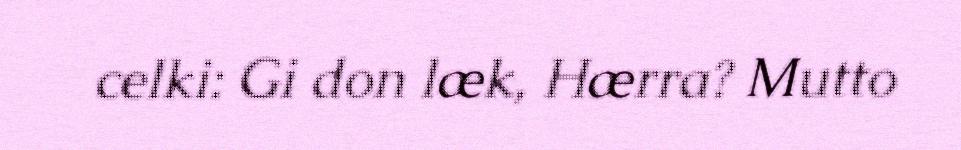
celki: Gi don læk, Hærra? Mutto